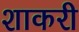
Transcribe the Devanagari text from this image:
शाकरी